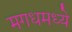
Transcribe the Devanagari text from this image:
मगधमध्ये